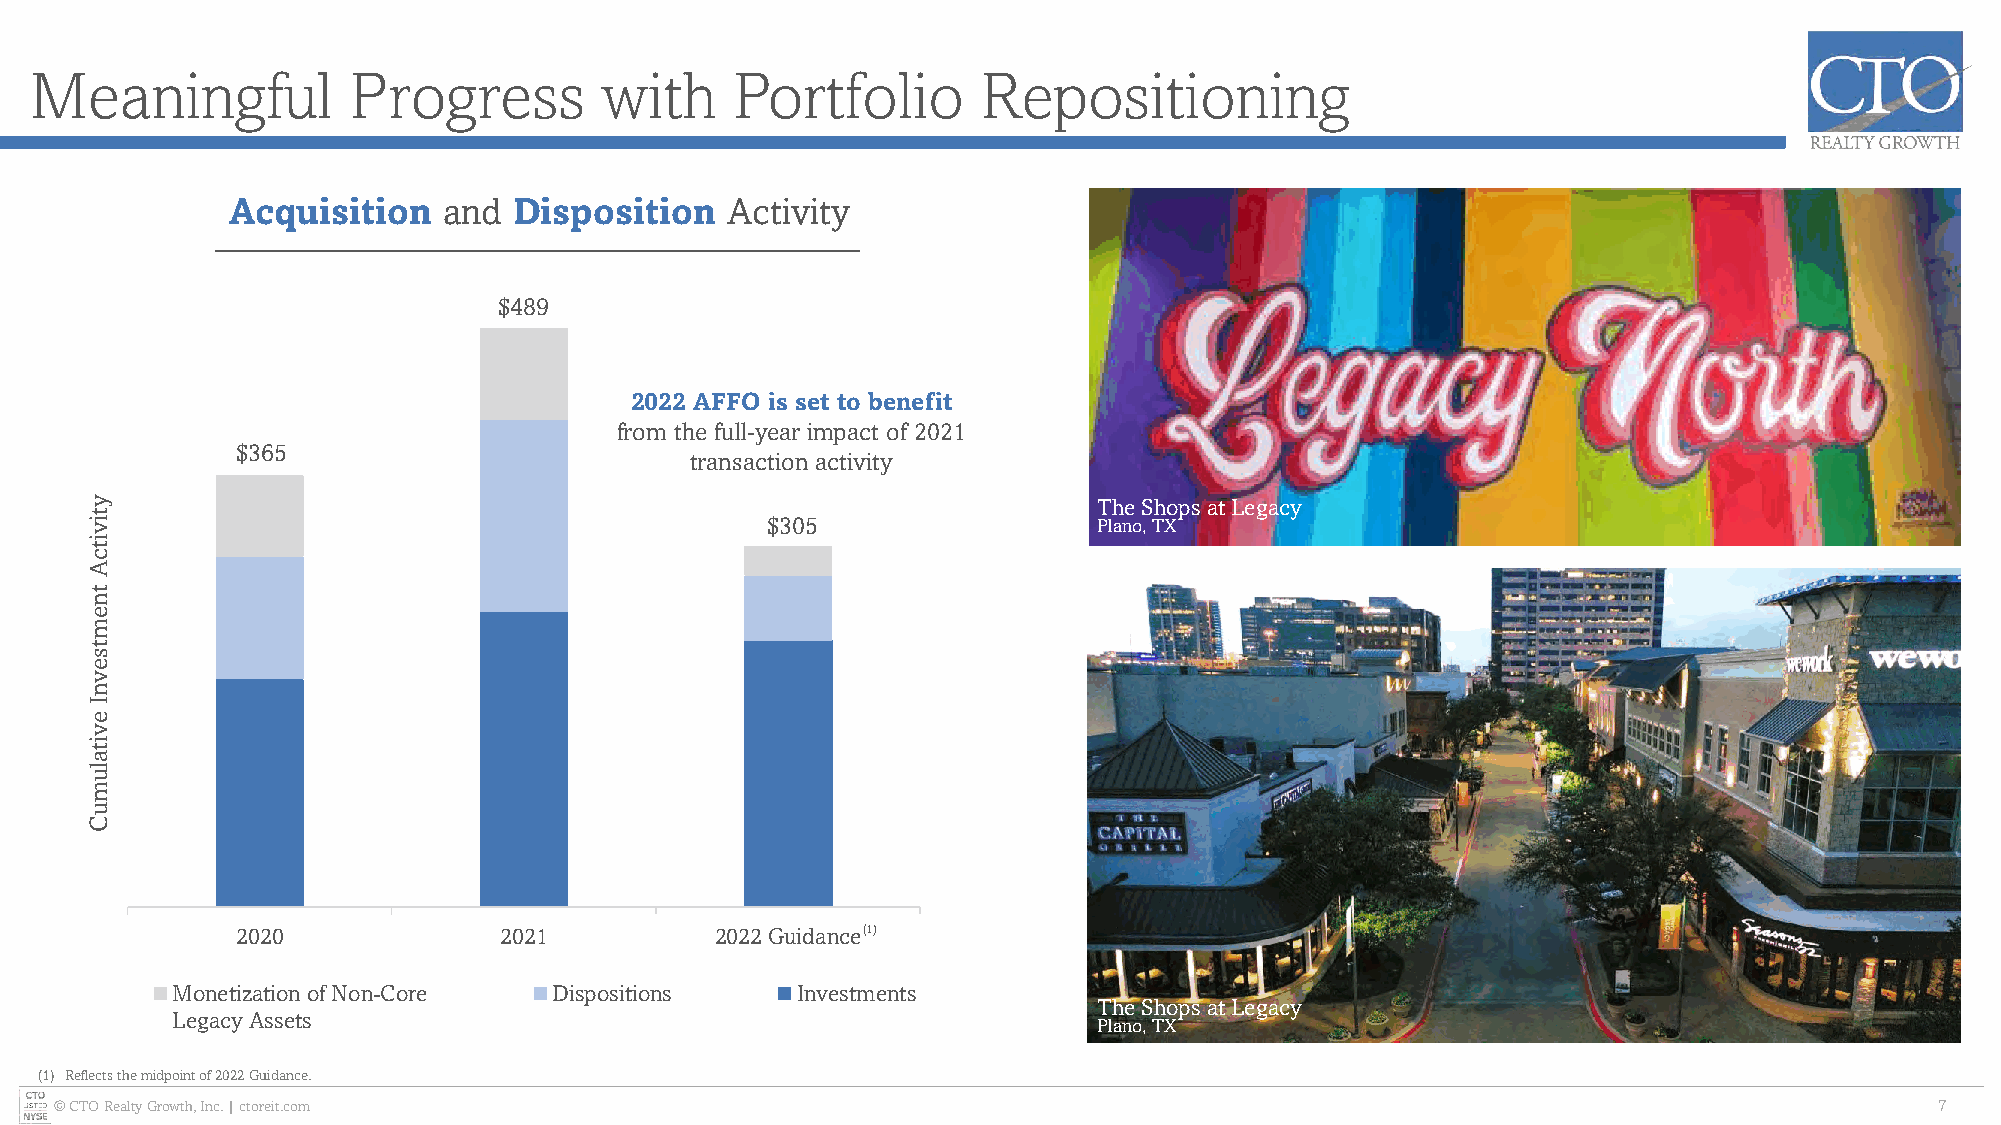
Meaningful           Progress         with     Portfolio       Repositioning
 Acquisition   and  Disposition   Activity
 $489
 50000.0%                                                    500.0
 450.0
 2022 AFFO is set to benefit
 40000.0%                              from the full-year impact of 202410 0.0
 $365
 transaction activity
 350.0
 The Shops at Legacy
 $305                  Plano, TX
 30000.0%                                                    300.0
 250.0
 20000.0%                                                    200.0
 150.0
 10000.0%                                                    100.0
 50.0
 0.0%                                                      0.0
 2020             2021          2022 Guidance(1)
 Monetization of Non-Core  Dispositions    Investments
 The Shops at Legacy
 Legacy Assets
 Plano, TX
 (1) Reflects the midpoint of 2022 Guidance.
 © CTO Realty Growth, Inc. | ctoreit.com                                                                                     7
 ytivitcA
 tnemtsevnI
 evitalumuC